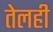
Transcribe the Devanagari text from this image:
तेलही